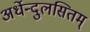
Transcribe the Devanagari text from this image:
अर्धेन्दुलसितम्